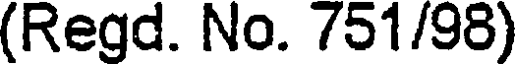
(Regd. No. 751/98)